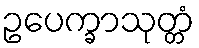
ဥပေက္ခာသုတ္တံ